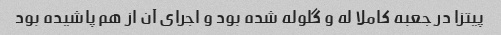
پیتزا در جعبه کاملا له و گلوله شده بود و اجرای آن از هم پاشیده بود